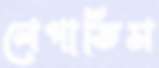
লেপাতিস